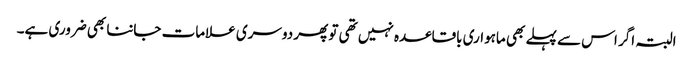
البتہ اگر اس سے پہلے بھی ماہواری باقاعدہ نہیں تھی تو پھر دوسری علامات جاننا بھی ضروری ہے۔